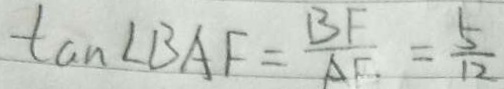
\tan \angle B A F = \frac { B F } { A F } = \frac { 5 } { 1 2 }